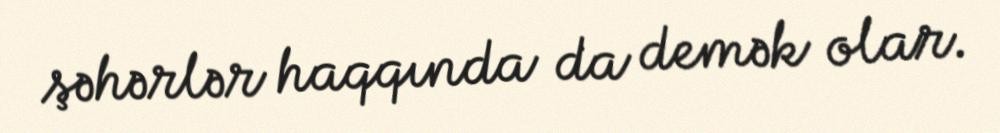
şəhərlər haqqında da demək olar.